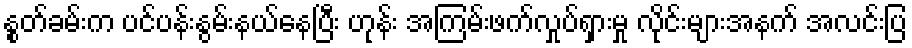
နွုတ်ခမ်းက ပင်ပန်းနွမ်းနယ်နေပြီး ဟုန်း အကြမ်းဖက်လှုပ်ရှားမှု လိုင်းများအနက် အလင်းပြ